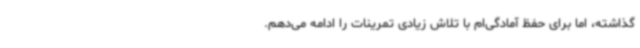
گذاشته، اما برای حفظ آمادگی‌ام با تلاش زیادی تمرینات را ادامه می‌دهم.